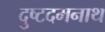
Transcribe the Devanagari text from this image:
दुष्टदमनाथ